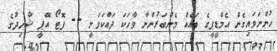
ހުންނަވައިގެން އެމްޑީޕީގެ ބައެއް މެންބަރުންނާ ވާހަކަ ދައްކަވަނީ -- ފޮޓޯ އޭޕީ ޝާހިދުގެ